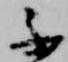
不